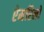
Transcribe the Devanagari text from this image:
ऐमरिलो